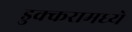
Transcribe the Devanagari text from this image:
डुक्करामध्ये